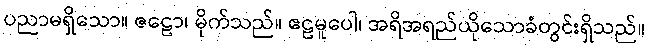
ပညာမရှိသော။ ဇဠော၊ မိုက်သည်။ ဧဠမူပေါ၊ အရိအရည်ယိုသောခံတွင်းရှိသည်။